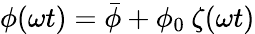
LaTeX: \phi(\omega t)=\bar{\phi}+\phi_{0}\: \zeta(\omega t)